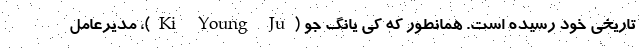
تاریخی خود رسیده است. همانطور که کی یانگ جو (Ki Young Ju)، مدیرعامل